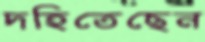
দহিতেছেন